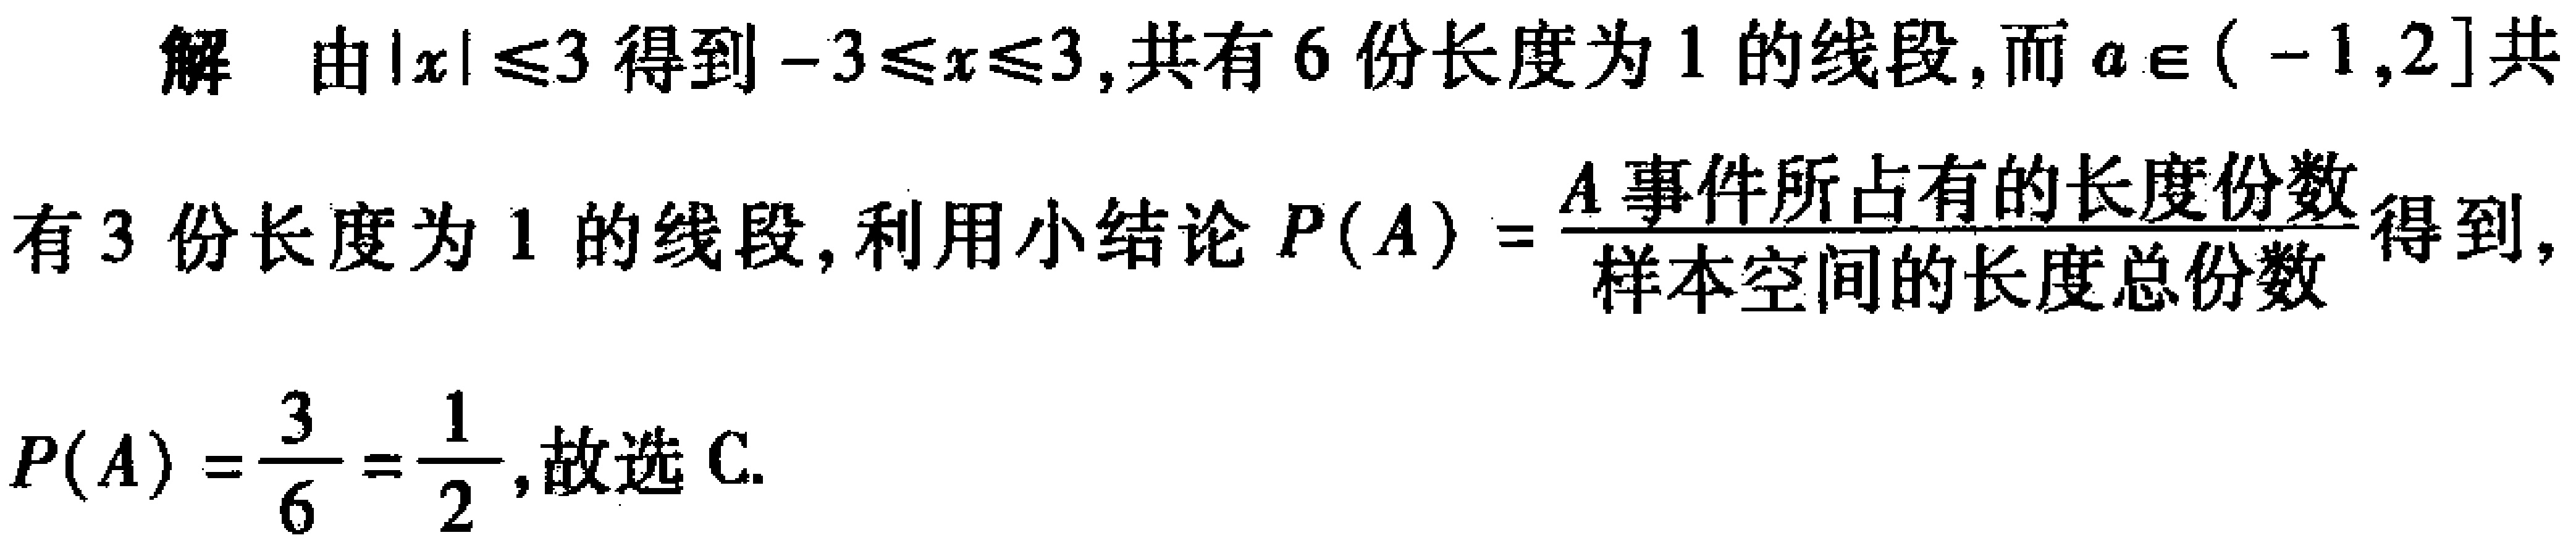
解 由\(\vert x\vert\leq3\)得到\(-3\leq x\leq3\),共有\(6\)份长度为\(1\)的线段,而\(a\in(-1,2]\)共有\(3\)份长度为\(1\)的线段,利用小结论\(P(A)=\frac{A\text{事件所占有的长度份数}}{\text{样本空间的长度总份数}}\)得到,\(P(A)=\frac{3}{6}=\frac{1}{2}\),故选C.